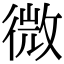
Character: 微